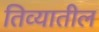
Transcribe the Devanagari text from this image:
तिव्यातील